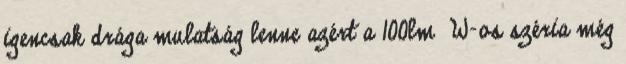
igencsak drága mulatság lenne azért a 100lm W-os széria még